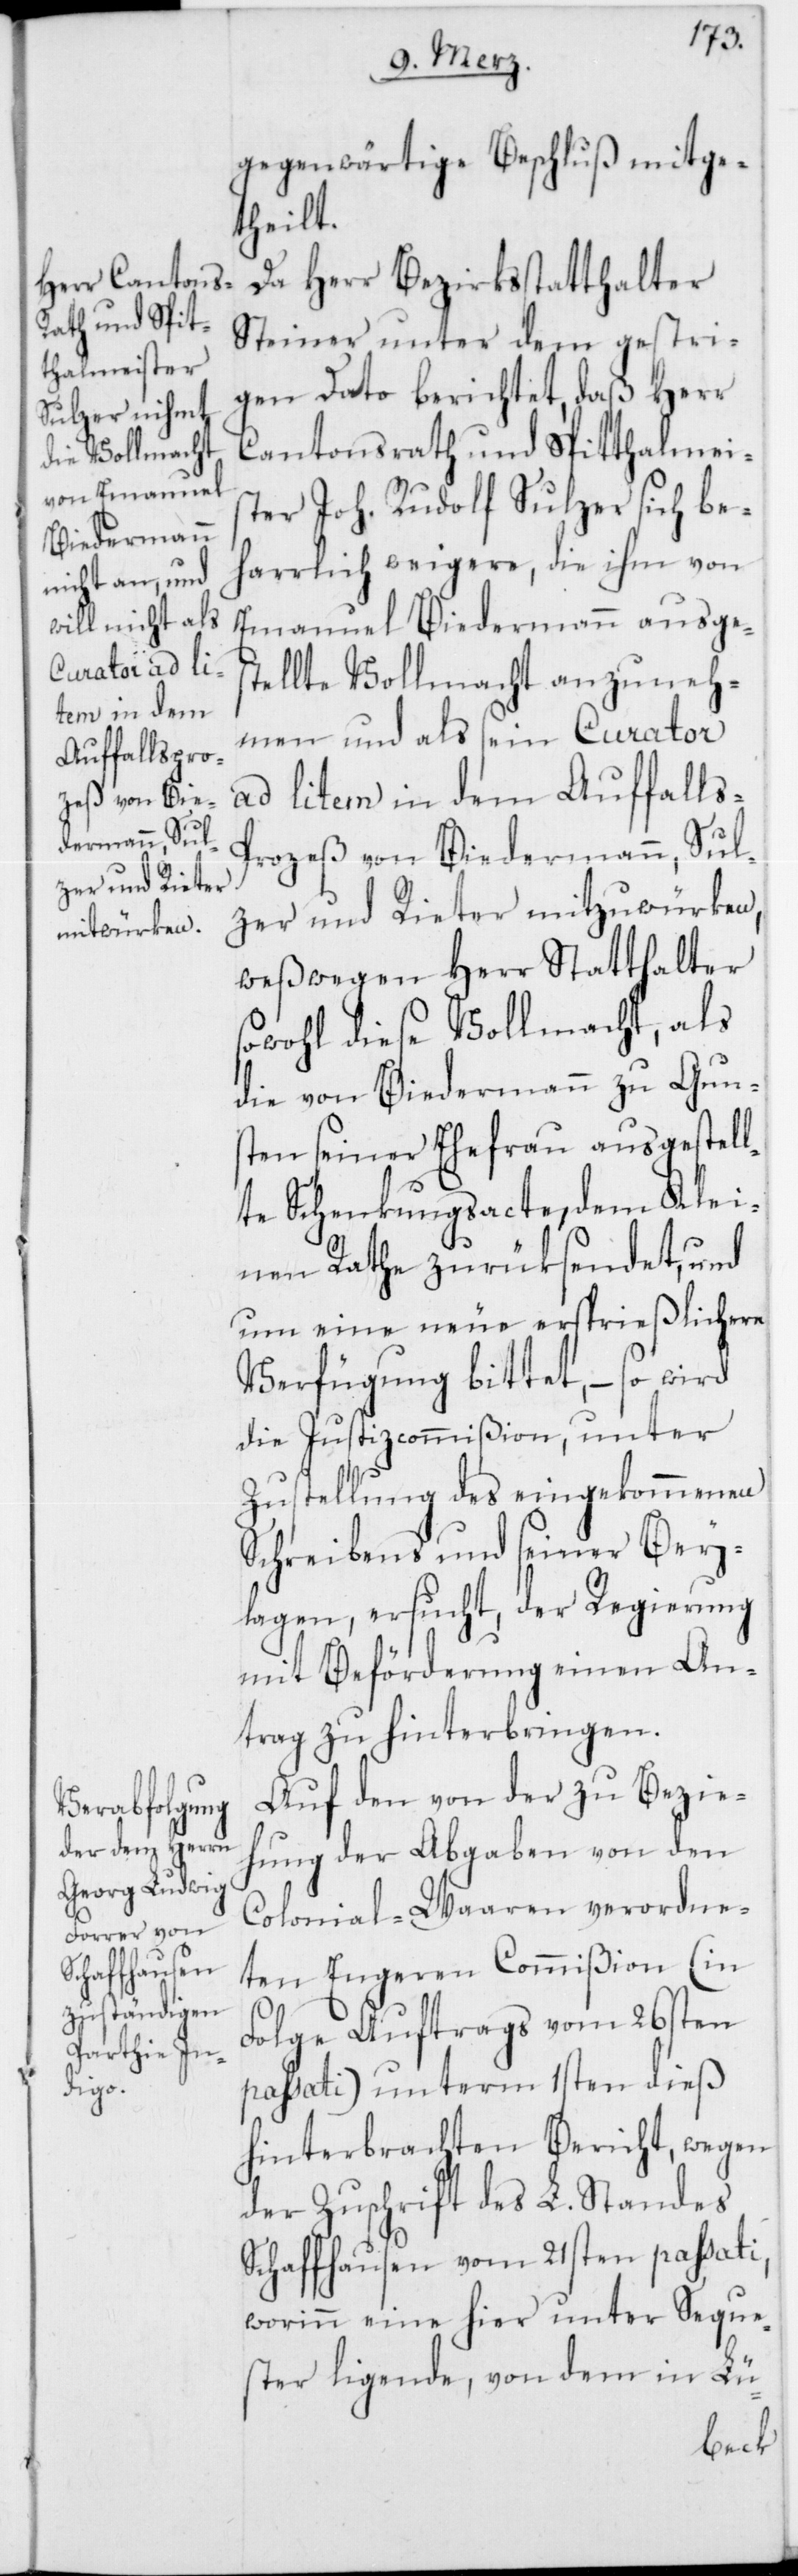
gegenwärtige Beschluß mitge¬
theilt.
Da Herr Bezirksstatthalter
Steiner unter dem gestri¬
gen Dato berichtet, daß Herr
Cantonsrath und Spitthalmei¬
ster Joh. Rudolf Sulzer sich be¬
harrlich weigere, die ihm von
Emanuel Biedermann ausges¬
tellte Vollmacht anzuneh¬
men und als sein Curator
ad litem in dem Auffall¬
rozeß von Biedermann, Sul¬
zer und Rieter mitzuwürken,
weßwegen Herr Statthalter
sowohl diese Vollmacht, als
die von Biedermann zu Gun¬
sten seiner Ehefrau ausgestell¬
te Schenkungsacte, dem Klei¬
nen Rathe zurüksendet, und
um eine neue ersprießlichere
Verfügung bittet, – so wird
die Justizcommißion, unter
Zustellung des eingekommenen
Schreibens und seiner Bey¬
lagen, ersucht, der Regierung
mit Beförderung einen An¬
trag zu hinterbringen.
Auf den von der zu Bezie¬
hung der Abgaben von den
Colonial-Waaren verordne¬
ten Engeren Commißion (in
Folge Auftrags vom 26sten
passati) unterm 1sten dieß
hinterbrachten Bericht, wegen
der Zuschrift des L. Standes
Schaffhausen vom 21sten passati,
worinn eine hier unter Seque¬
ster ligende, von dem in Lü-
s-P¬